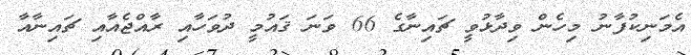
އެމަނިކުފާނު މިހެން ވިދާޅުވީ ޗައިނާގެ 66 ވަނަ ޤައުމީ ދުވަހާއި ރާއްޖެއާއި ޗައިނާއާ